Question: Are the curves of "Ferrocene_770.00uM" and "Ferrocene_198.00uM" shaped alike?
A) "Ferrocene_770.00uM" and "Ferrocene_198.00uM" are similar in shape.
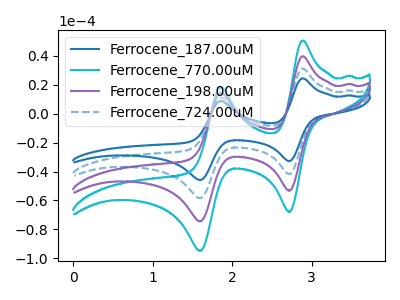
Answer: <think>The blue curve "Ferrocene_187.00uM" has anodic peaks at (2.90V, 119.00uA) (1.85V, 43.10uA) and cathodic peaks at (2.70V, -159.90uA) (1.60V, -223.20uA). The cyan curve "Ferrocene_770.00uM" has anodic peaks at (2.90V, 50.55uA) (1.85V, 18.30uA) and cathodic peaks at (2.70V, -67.90uA) (1.60V, -94.80uA). The purple curve "Ferrocene_198.00uM" has anodic peaks at (2.90V, 39.65uA) (1.85V, 14.35uA) and cathodic peaks at (2.70V, -53.30uA) (1.60V, -74.40uA). The blue dashed curve "Ferrocene_724.00uM" has anodic peaks at (2.90V, 79.30uA) (1.85V, 28.75uA) and cathodic peaks at (2.70V, -106.60uA) (1.60V, -148.80uA).
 All the peaks in "Ferrocene_770.00uM" have a peak in "Ferrocene_198.00uM" at the same potential. Every peak in "Ferrocene_770.00uM" is higher than every peak in "Ferrocene_198.00uM".</think>
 <answer>A) "Ferrocene_770.00uM" and "Ferrocene_198.00uM" are similar in shape.</answer>
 <eval>A</eval>